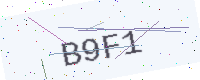
Text: B9F1